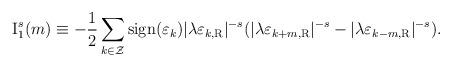
LaTeX: \begin{align*}{\rm I}_{1}^{s}(m) \equiv - \frac{1}{2} \sum_{k \in \cal Z}{\rm sign}(\varepsilon_k) |\lambda \varepsilon_{k, \rm R}|^{-s}( |\lambda \varepsilon_{k+m, \rm R}|^{-s} -|\lambda \varepsilon_{k-m, \rm R}|^{-s} ).\end{align*}